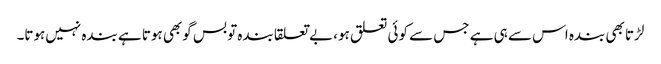
لڑتا بھی بندہ اس سے ہی ہے جس سے کوئی تعلق ہو، بے تعلقا بندہ تو بس گوبھی ہوتا ہے بندہ نہیں‌ہوتا۔